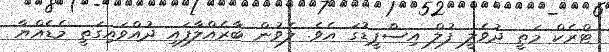
ޓްރެކް މަތީ ދުވެލީ ފުލް އިސްޕީޑުގަ އެވެ. ލެވުން ބާރެއްލާފައި ދުއްވައިގަތީ މެޑެއްޔާ